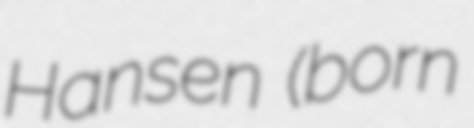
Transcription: Hansen (born